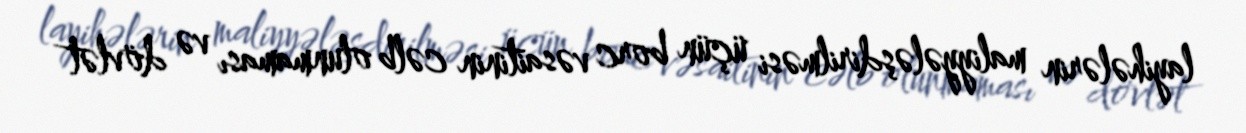
layihələrin maliyyələşdirilməsi üçün borc vəsaitinin cəlb olunmaması və dövlət